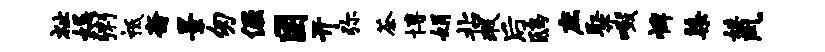
祉妃粥祗斋景匆倔困开弥茶博娟拈瑕后鸱庶聚啜裨染妹风